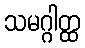
သမဂ္ဂါတ္ထ